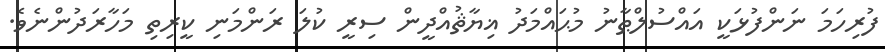
ފުރިހަމަ ނަންފުޅަކީ އައްސުލްޠާނު މުޙައްމަދު ޣިޔާޘުއްދީން ސިރީ ކުލަ ރަންމަނި ކީރިތި މަހާރަދުންނެވެ.